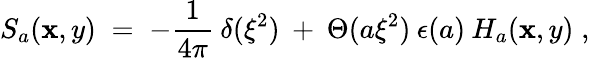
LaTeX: S_{a}(\mathbf{x},y)\; =\; -\frac{{1}}{{4\pi}}\: \delta(\xi^{2})\: +\: \Theta(a\xi^{2})\: \epsilon(a)\: H_{a}(\mathbf{x},y)\; ,